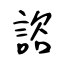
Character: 諮